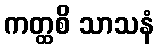
ကတ္ထစိ သာသနံ